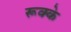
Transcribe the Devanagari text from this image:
रूक्‍के